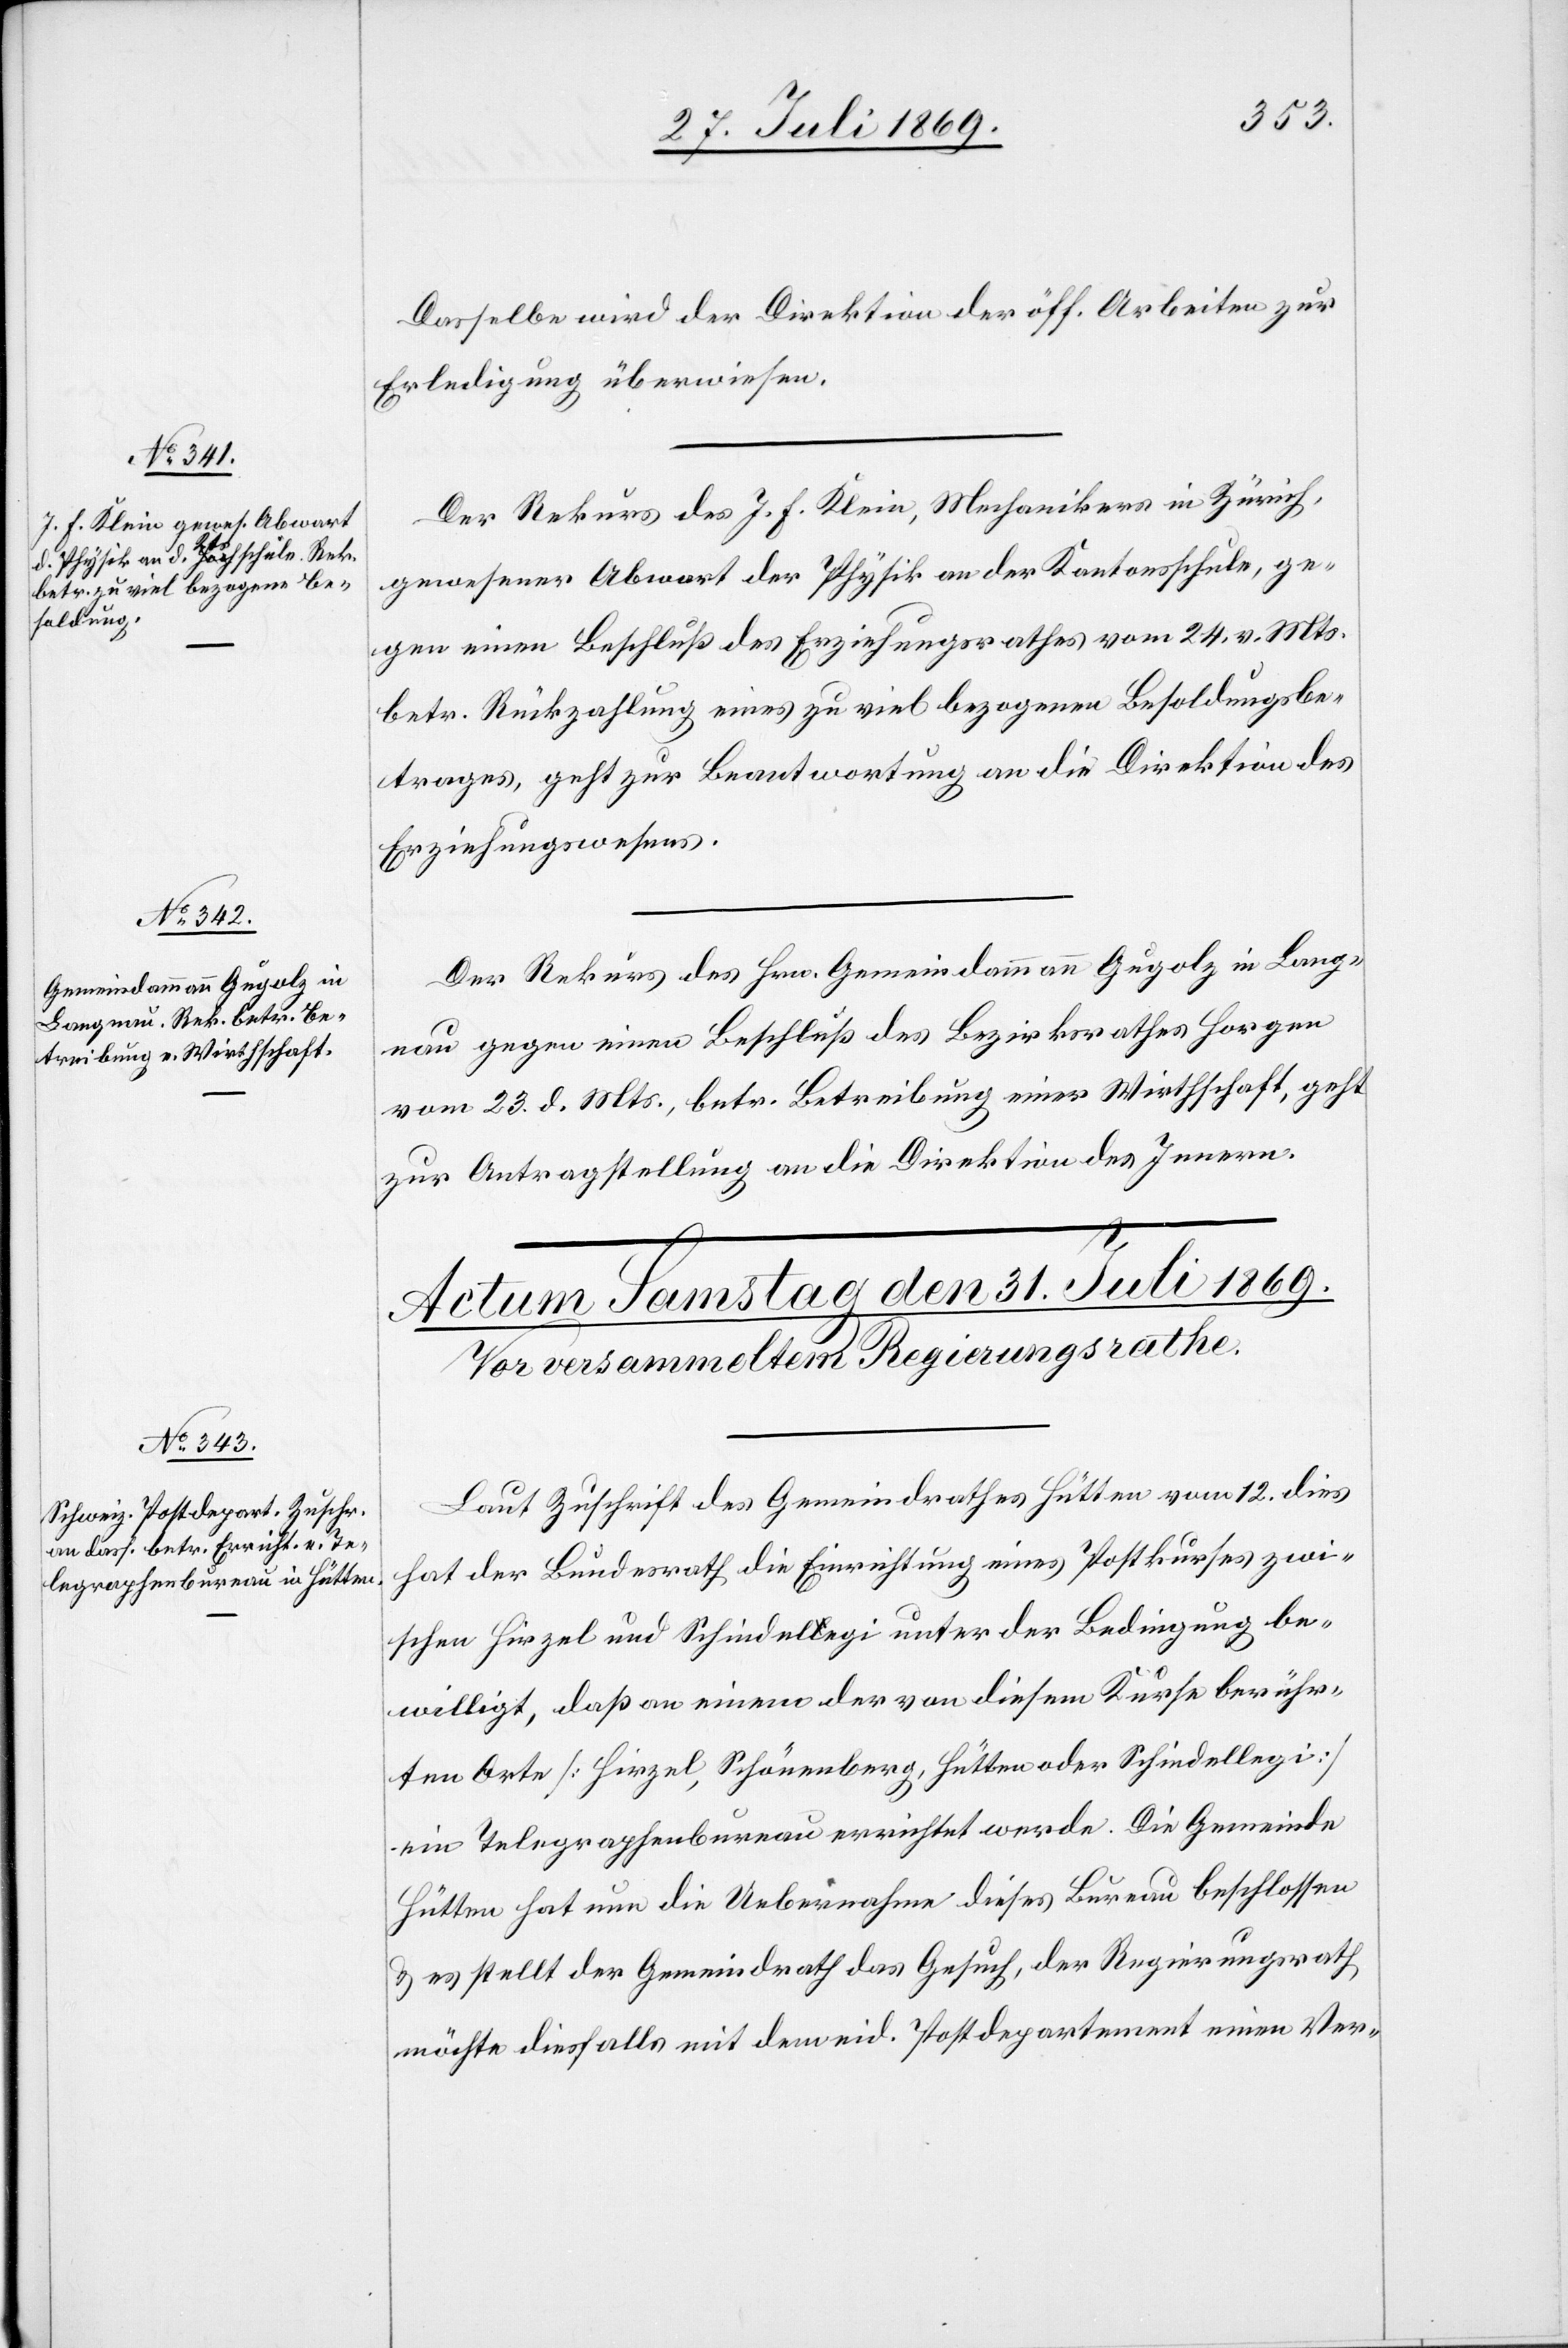
30. Juli 1869.]
Dasselbe wird der Direktion der öff. Arbeiten zur
Erledigung überwiesen.
Der Rekurs des J. F. Klein, Mechanikers in Zürich,
gewesener Abwart der Physik an der Kantonsschule, ge¬
gen einen Beschluß des Erziehungsrathes vom 24. v. Mts.
betr. Rückzahlung eines zu viel bezahlten Besoldungsbe¬
trages, geht zur Beantwortung an die Direktion des
Erziehungswesens.
Der Rekurs des Hrn. Gemeindammann Gugolz in Lang¬
nau gegen einen Beschluß des Bezirksrathes Horgen
vom 23. d. Mts., betr. Betreibung einer Wirthschaft, geht
zur Antragstellung an die Direktion des Innern.
Laut Zuschrift des Gemeindrathes Hütten vom 12 dies
hat der Bundesrath die Einrichtung eines Postkurses zwi¬
schen Hirzel und Schindellegi unter der Bedingung be¬
willigt, daß an einem der von diesem Kurse berühr¬
ten Orte [Hirzel, Schönenberg, Hütten oder Schindellegi]
ein Telegraphenbureau errichtet werde. Die Gemeinde
Hütten hat nun die Uebernahme dieses Bureau beschlossen
u. es stellt der Gemeindrath das Gesuch, der Regierungsrath
möchte diesfalls mit dem eid. Postdepartement einen Ver-